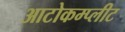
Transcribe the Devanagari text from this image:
आटोकम्प्लीट